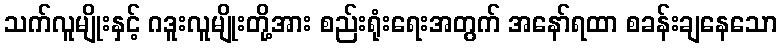
သက်လူမျိုးနှင့် ဂဒူးလူမျိုးတို့အား စည်းရုံးရေးအတွက် အနော်ရထာ စခန်းချနေသော